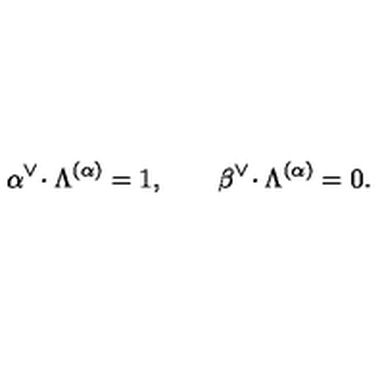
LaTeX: \alpha ^ { \vee } \! \cdot \Lambda ^ { ( \alpha ) } = 1 , \qquad \beta ^ { \vee } \! \cdot \Lambda ^ { ( \alpha ) } = 0 .